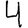
Digit: 4